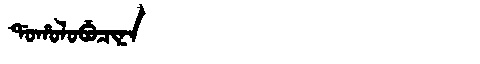
Manchu: ᡩᠣᡥᠣᠯᠣᠪᡠᠴᡳᠨᠠ
Romanization: DOHOLOBUCINA